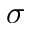
\sigma